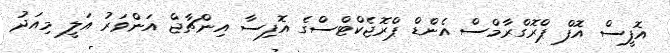
އޮފީސް އޮފް ޕްރޮގްރާމްސް އެންޑް ޕްރޮޖެކްޓްސްގެ އޮފިސާ އިންޗާޖް އަންވަރު އަލީ މިއަދު